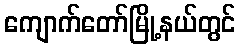
ကျောက်တော်မြို့နယ်တွင်